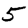
Digit: 5